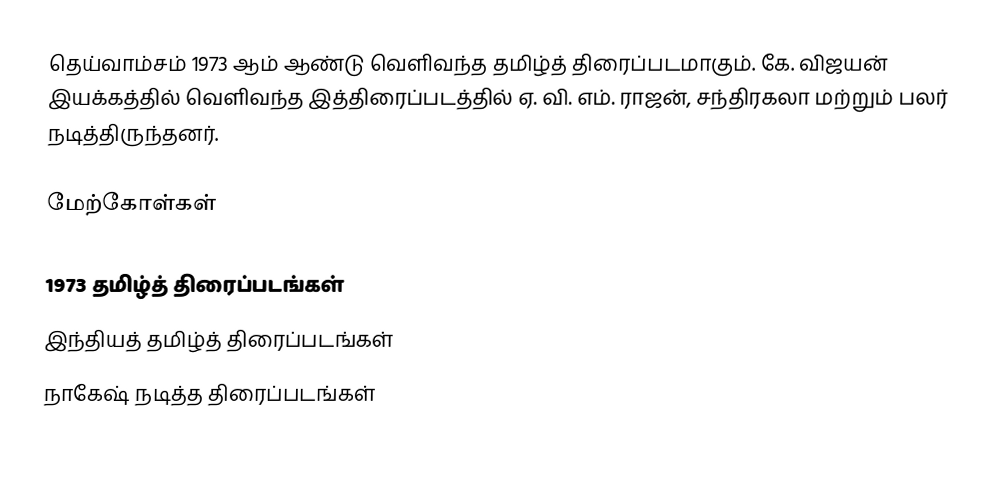
தெய்வாம்சம் 1973 ஆம் ஆண்டு வெளிவந்த தமிழ்த் திரைப்படமாகும். கே. விஜயன் இயக்கத்தில் வெளிவந்த இத்திரைப்படத்தில் ஏ. வி. எம். ராஜன், சந்திரகலா மற்றும் பலர் நடித்திருந்தனர்.

மேற்கோள்கள்

1973 தமிழ்த் திரைப்படங்கள்
இந்தியத் தமிழ்த் திரைப்படங்கள்
நாகேஷ் நடித்த திரைப்படங்கள்